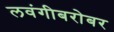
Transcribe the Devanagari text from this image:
लवंगीबरोबर